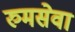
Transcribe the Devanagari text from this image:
रुमसेवा